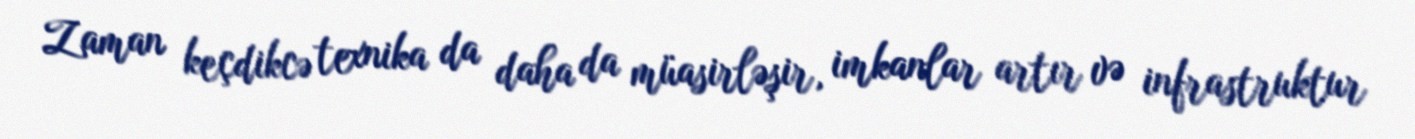
Zaman keçdikcə texnika da daha da müasirləşir, imkanlar artır və infrastruktur